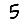
Digit: 5